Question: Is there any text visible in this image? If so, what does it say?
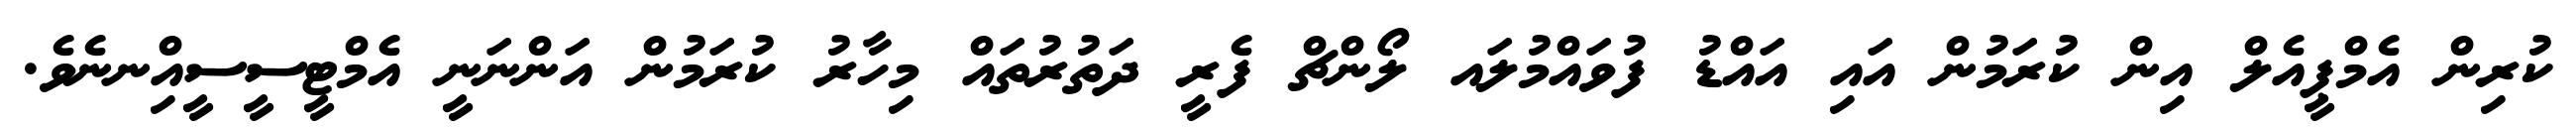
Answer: ކުރިން އެމްޕީއެލް އިން ކުރަމުން އައި އައްޑު ފުވައްމުލައ ލޯންޗް ފެރީ ދަތުރުތައް މިހާރު ކުރަމުން އަންނަނީ އެމްޓީސީސީއިްނނެވެ.